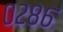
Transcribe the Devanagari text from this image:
०२८६